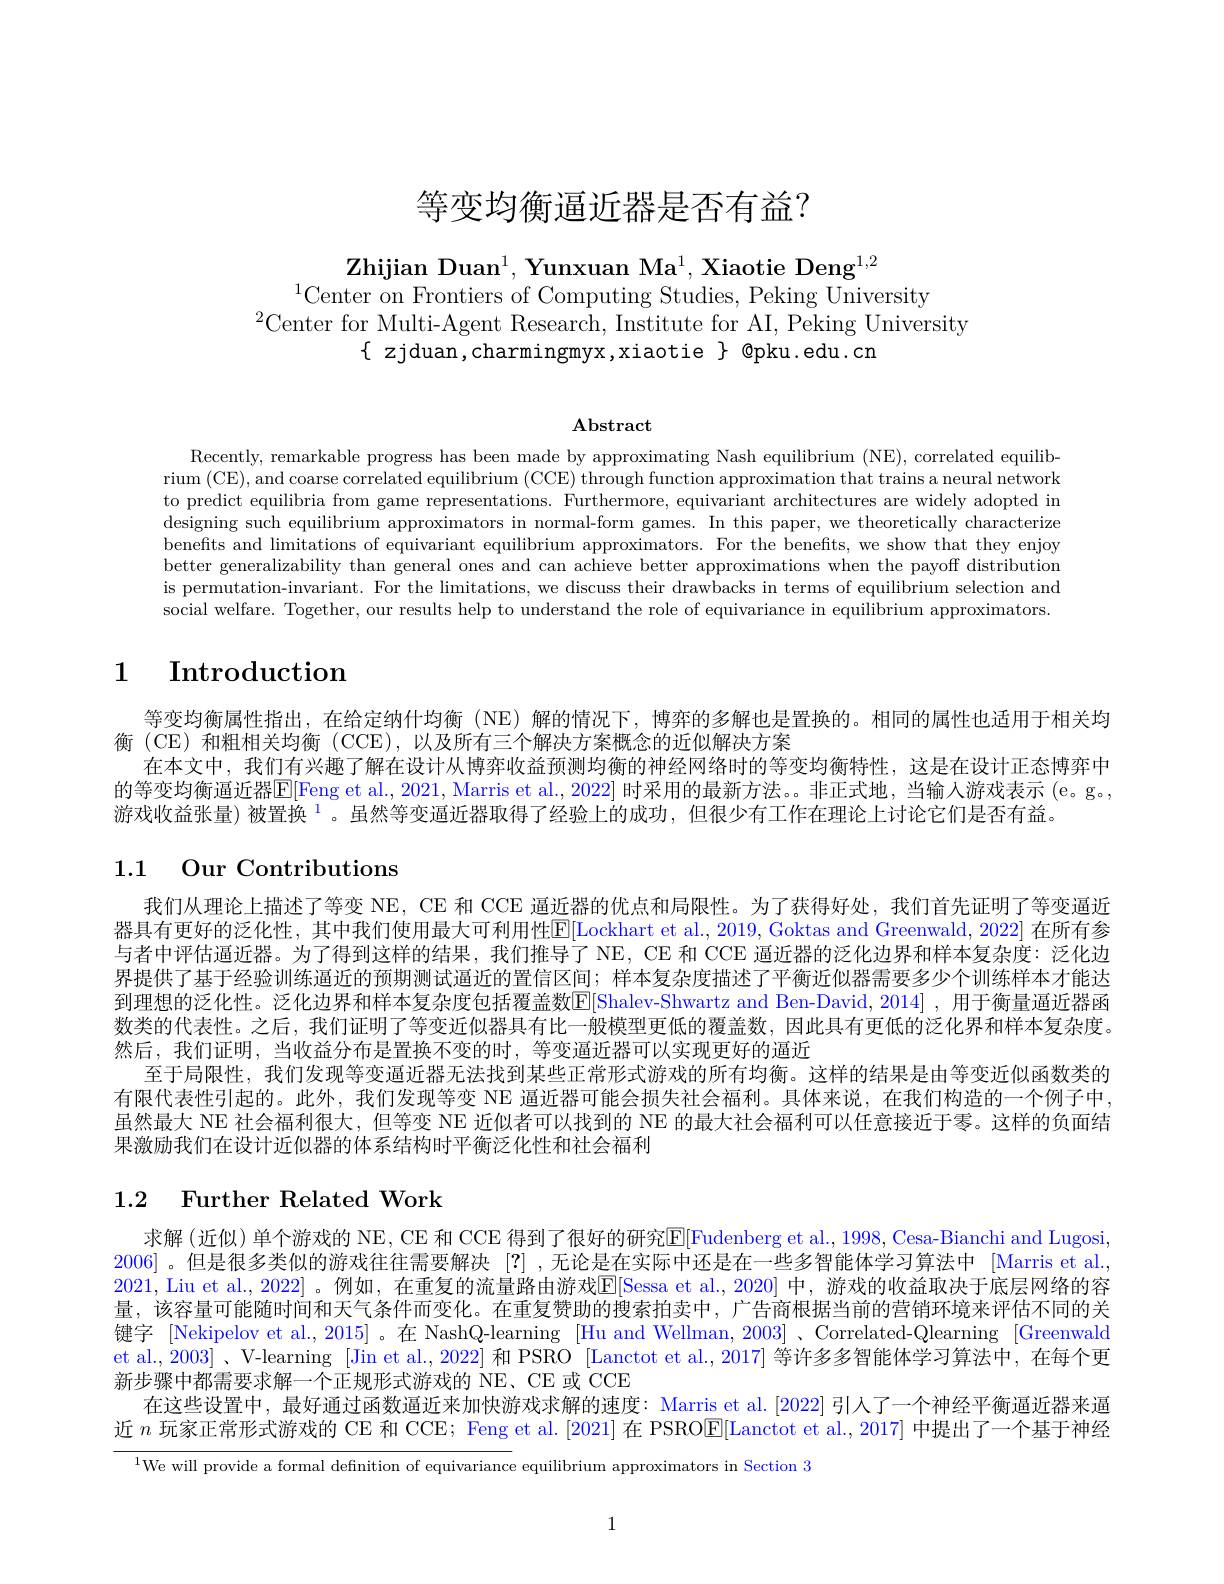
# 等变均衡逼近器是否有益？

Zhijian Duan$^1$, Yunxuan Ma$^1$, Xiaotie Deng$^1,2$
$^{1}$Center on Frontiers of Computing Studies, Peking University
$^{2}$Center for Multi-Agent Research, Institute for AI, Peking University
$\{$ zjduan,charmingmyx,xiaotie $\}$ @pku.edu.cn

Abstract

Recently, remarkable progress has been made by approximating Nash equilibrium (NE), correlated equilibrium (CE), and coarse correlated equilibrium ( CCE) through function approximation that trains a neural network to predict equilibria from game representations. Furthermore, equivariant architectures are widely adopted in designing such equilibrium approximators in normal-form games. In this paper, we theoretically characterize benefits and limitations of equivariant equilibrium approximators. For the benefits, we show that they enjoy better generalizability than general ones and can achieve better approximations when the payoff distribution is permutation-invariant. For the limitations, we discuss their drawbacks in terms of equilibrium selection and social welfare. Together, our results help to understand the role of equivariance in equilibrium approximators

# 1 $\textbf{Introduction}$

等变均衡属性指出，在给定纳什均衡(NE)解的情况下，博弈的多解也是置换的。相同的属性也适用于相关均
衡 (CE)和粗相关均衡 (CCE), 以及所有三个解决方案概念的近似解决方案
在本文中，我们有兴趣了解在设计从博弈收益预测均衡的神经网络时的等变均衡特性，这是在设计正态博弈中的等变均衡逼近器$\mathbb{E}[$Feng et al., 2021, Marris et al., 2022] 时采用的最新方法。。非正式地，当输入游戏表示 (e。g。, 游戏收益张量)被置换$^{1}$。虽然等变逼近器取得了经验上的成功，但很少有工作在理论上讨论它们是否有益。

# 1.1 Our Contributions

我们从理论上描述了等变 NE, CE 和 CCE 逼近器的优点和局限性。为了获得好处，我们首先证明了等变逼近器具有更好的泛化性，其中我们使用最大可利用性E[Lockhart et al., 2019, Goktas and Greenwald, 2022] 在所有参与者中评估通近器。为了得到这样的结果，我们推导了 NE, CE 和 CCE 逼近器的泛化边界和样本复杂度：泛化边界提供了基于经验训练逼近的预期测试逼近的置信区间；样本复杂度描述了平衡近似器需要多少个训练样本才能达到理想的泛化性。泛化边界和样本复杂度包括覆盖数$\mathbb{E}[$Shalev-Shwartz and Ben-David, 2014] ,用于衡量逼近器函数类的代表性。之后，我们证明了等变近似器具有比一般模型更低的覆盖数，因此具有更低的泛化界和样本复杂度。然后，我们证明，当收益分布是置换不变的时，等变逼近器可以实现更好的逼近
至于局限性，我们发现等变逼近器无法找到某些正常形式游戏的所有均衡。这样的结果是由等变近似函数类的有限代表性引起的。此外，我们发现等变 NE 逼近器可能会损失社会福利。具体来说，在我们构造的一个例子中， 虽然最大 NE 社会福利很大，但等变 NE 近似者可以找到的 NE 的最大社会福利可以任意接近于零。这样的负面结果激励我们在设计近似器的体系结构时平衡泛化性和社会福利

# 1.2 Further Related Work

求解 (近似) 单个游戏的 NE, CE 和 CCE 得到了很好的研究$\overline{\mathrm{E}}[$Fudenberg et al., 1998, Cesa-Bianchi and Lugosi, 2006] 。但是很多类似的游戏往往需要解决[?] ,无论是在实际中还是在一些多智能体学习算法中 [Marris et al., 2021, Liu et al., 2022] 。例如，在重复的流量路由游戏$\mathbb{E}[$Sessa et al.,2020] 中，游戏的收益取决于底层网络的容量，该容量可能随时间和天气条件而变化。在重复赞助的搜索拍卖中，广告商根据当前的营销环境来评估不同的关键字 [Nekipelov et al., 2015] 。在 NashQ-learning [Hu and Wellman, 2003] 、Correlated-Qlearning [Greenwald et al., 2003] 、V-learning [Jin et al., 2022] 和 PSRO [Lanctot et al., 2017] 等许多多智能体学习算法中，在每个更新步骤中都需要求解一个正规形式游戏的 NE、CE 或 CCE
在这些设置中，最好通过函数逼近来加快游戏求解的速度：Marris et al.[2022] 引人了一个神经平衡逼近器来逼近$n$玩家正常形式游戏的 CE 和 CCE; Feng et al.[2021] 在 PSRO$\overline{\mathbb{E}}[$Lanctot et al., 2017] 中提出了一个基于神经

$^{1}$We will provide a formal definition of equivariance equilibrium approximators in Section 3

1